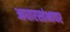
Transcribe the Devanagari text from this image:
आधारस्तंभावर